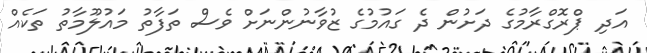
އަދި ޕްރޮގްރާމުގެ ދަށުން ދެ ގައުމުގެ ޒުވާނުންނަށް ވެސް ތަފާތު މައުލޫމާތު ތަކެއް